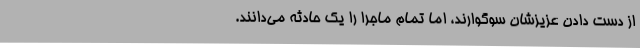
از دست دادن عزیزشان سوگوارند، اما تمام ماجرا را یک حادثه می‌دانند.